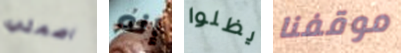
اصمتي إنه يظلوا موقفنا